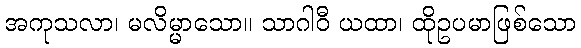
အကုသလာ၊ မလိမ္မာသော။ သာဂါဝီ ယထာ၊ ထိုဥပမာဖြစ်သော